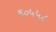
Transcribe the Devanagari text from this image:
६०५५८